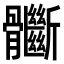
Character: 𩪽